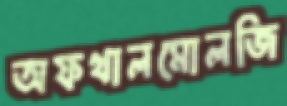
অফথালমোলজি